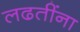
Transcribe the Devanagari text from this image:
लढतींना